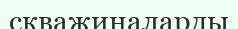
скважиналарды